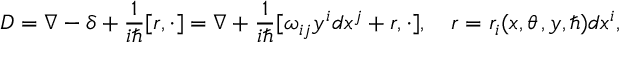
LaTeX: D = \nabla - \delta + \frac 1 { i \hbar } [ r , \cdot ] = \nabla + \frac 1 { i \hbar } [ \omega _ { i j } y ^ { i } d x ^ { j } + r , \cdot ] , \quad r = r _ { i } ( x , \theta \, , y , \hbar ) d x ^ { i } ,